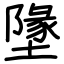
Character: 墬